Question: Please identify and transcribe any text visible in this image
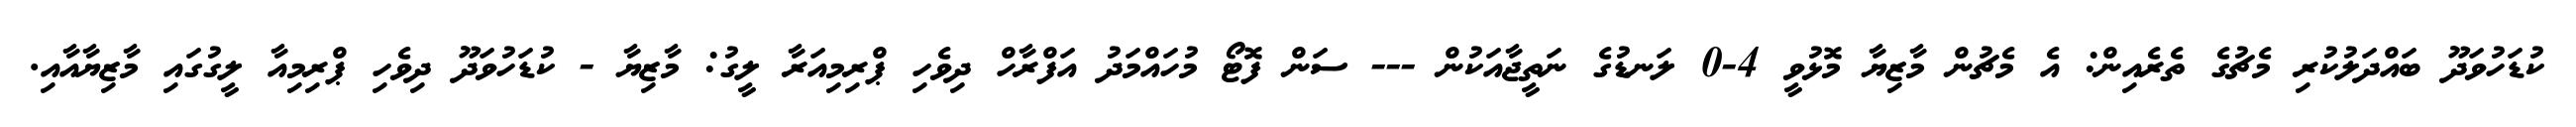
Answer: ކުޑަހުވަދޫ ބައްދަލުކުރި މެޗުގެ ތެރެއިން: އެ މެޗުން މާޒިޔާ މޮޅުވީ 4-0 ލަނޑުގެ ނަތީޖާއަކުން --- ސަން ފޮޓޯ މުހައްމަދު އަފްރާހް ދިވެހި ޕްރިމިއަރާ ލީގު: މާޒިޔާ - ކުޑަހުވަދޫ ދިވެހި ޕްރިމިއާ ލީގުގައި މާޒިޔާއާއި.